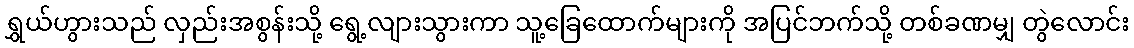
ရွှယ်ဟွားသည် လှည်းအစွန်းသို့ ရွေ့လျားသွားကာ သူ့ခြေထောက်များကို အပြင်ဘက်သို့ တစ်ခဏမျှ တွဲလောင်း